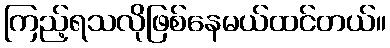
ကြည့်ရသလိုဖြစ်နေမယ်ထင်တယ်။